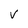
Character: v